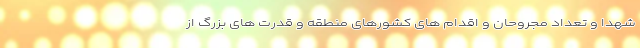
شهدا و تعداد مجروحان و اقدام های کشورهای منطقه و قدرت های بزرگ از